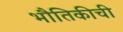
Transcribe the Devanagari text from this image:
भौतिकीची